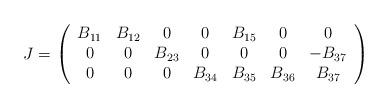
LaTeX: \begin{align*}J=\left (\begin{array}{ccccccc} B_{11} & B_{12} & 0 & 0 & B_{15} & 0 & 0\\0 & 0 & B_{23} & 0 & 0 & 0 & -B_{37}\\0 & 0 & 0 & B_{34} & B_{35} & B_{36} & B_{37}\end{array}\right)\end{align*}